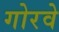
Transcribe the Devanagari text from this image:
गोरवे